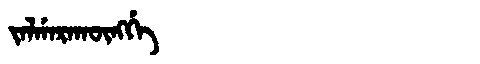
Manchu: ᠵᠠᠯᡤᠠᡵᠠᡴᡡᠩᡤᡝ
Romanization: JALGARAKŪNGGE